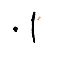
1